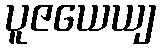
ပူဇယေယျ